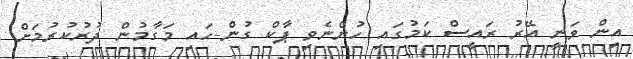
އިން ވަނީ އޭރު ރައީސް ކަމުގައި ހުންނެވި ޕާކް ގުން-ހައި މަގާމުން ދުރުކުރުމަށް